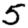
Digit: 5